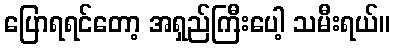
ပြောရရင်တော့ အရှည်ကြီးပေါ့ သမီးရယ်။